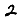
Digit: 2